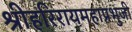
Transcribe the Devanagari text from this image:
श्रीहरिरायमहाप्रभुजी